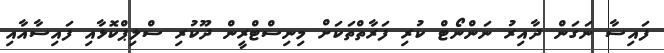
ފައިސާ ނަގަން ދާއިރު ނަންނޯޓް ކުރި ފަރާތްތަކަށް މިނިސްޓްރީން ދޫކުރި ސްލިޕްކޮޅާއި ފައިސާއާއި